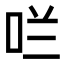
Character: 𫩪